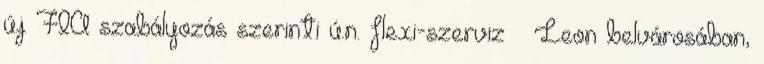
új FIA szabályozás szerinti ú.n. flexi-szerviz – Leon belvárosában,